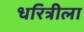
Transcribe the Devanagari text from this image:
धरित्रीला